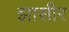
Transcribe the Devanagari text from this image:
झासीर